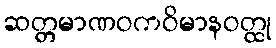
ဆတ္တမာဏဝကဝိမာနဝတ္ထု